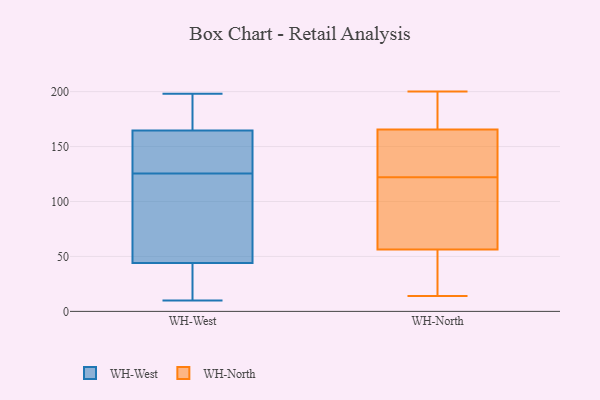
{"axis": {"x": "Tickets Resolved", "y": "Value"}, "legend": ["WH-North", "WH-West"], "data": [{"x": "", "y": 73, "type": "WH-West"}, {"x": "", "y": 198, "type": "WH-West"}, {"x": "", "y": 189, "type": "WH-West"}, {"x": "", "y": 54, "type": "WH-West"}, {"x": "", "y": 140, "type": "WH-West"}, {"x": "", "y": 34, "type": "WH-West"}, {"x": "", "y": 161, "type": "WH-West"}, {"x": "", "y": 137, "type": "WH-West"}, {"x": "", "y": 188, "type": "WH-West"}, {"x": "", "y": 10, "type": "WH-West"}, {"x": "", "y": 114, "type": "WH-West"}, {"x": "", "y": 46, "type": "WH-West"}, {"x": "", "y": 22, "type": "WH-West"}, {"x": "", "y": 23, "type": "WH-West"}, {"x": "", "y": 140, "type": "WH-West"}, {"x": "", "y": 182, "type": "WH-West"}, {"x": "", "y": 42, "type": "WH-West"}, {"x": "", "y": 82, "type": "WH-West"}, {"x": "", "y": 168, "type": "WH-West"}, {"x": "", "y": 143, "type": "WH-West"}, {"x": "", "y": 192, "type": "WH-North"}, {"x": "", "y": 60, "type": "WH-North"}, {"x": "", "y": 61, "type": "WH-North"}, {"x": "", "y": 14, "type": "WH-North"}, {"x": "", "y": 22, "type": "WH-North"}, {"x": "", "y": 123, "type": "WH-North"}, {"x": "", "y": 178, "type": "WH-North"}, {"x": "", "y": 162, "type": "WH-North"}, {"x": "", "y": 85, "type": "WH-North"}, {"x": "", "y": 139, "type": "WH-North"}, {"x": "", "y": 122, "type": "WH-North"}, {"x": "", "y": 200, "type": "WH-North"}, {"x": "", "y": 92, "type": "WH-North"}, {"x": "", "y": 176, "type": "WH-North"}, {"x": "", "y": 27, "type": "WH-North"}, {"x": "", "y": 45, "type": "WH-North"}, {"x": "", "y": 129, "type": "WH-North"}]}